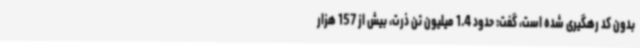
بدون کد رهگیری شده است، گفت: حدود 1.4 میلیون تن ذرت، بیش از 157 هزار